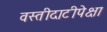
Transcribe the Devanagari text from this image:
वस्तीदाटीपेक्षा